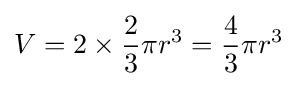
V=2\times {\frac {2}{3}}\pi r^{3}={\frac {4}{3}}\pi {r}^{3}